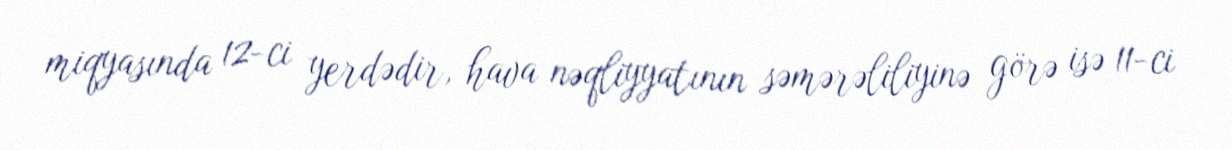
miqyasında 12-ci yerdədir, hava nəqliyyatının səmərəliliyinə görə isə 11-ci